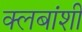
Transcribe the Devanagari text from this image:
क्लबांशी